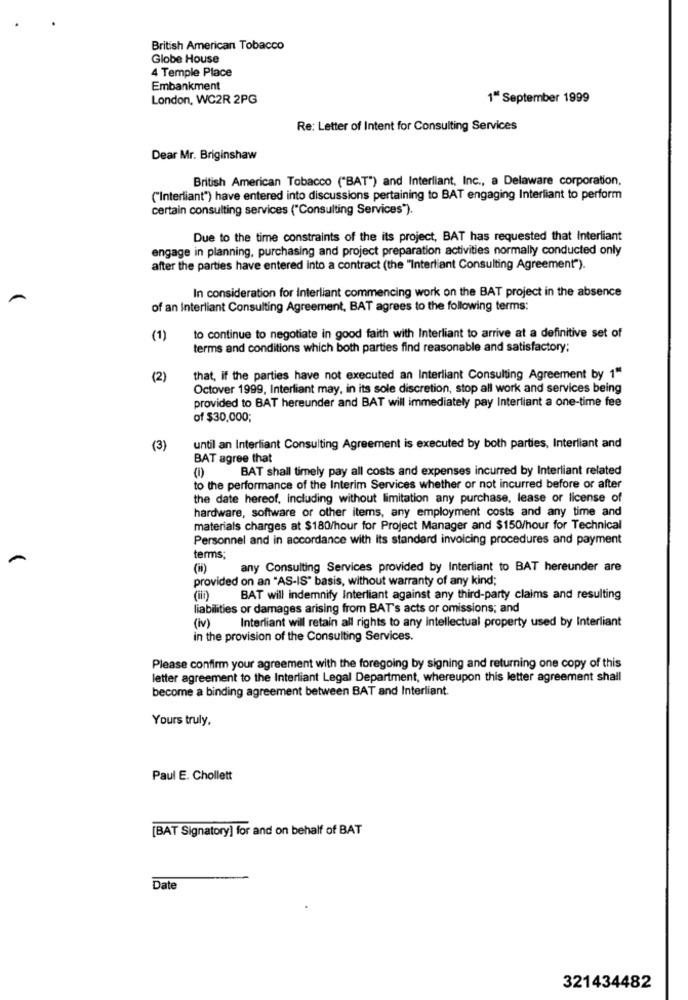
British American Tobacco
Globe House
4 Temple Place
Embankment
London, WC2R 2PG
1" September 1999
Re: Letter of Intent for Consulting Services
Dear Mr. Briginshaw
British American Tobacco ("BAT") and Interliant, Inc ., a Delaware corporation.
("Interliant") have entered into discussions pertaining to BAT engaging Interliant to perform
certain consulting services ("Consulting Services").
Due to the time constraints of the its project, BAT has requested that Interliant
engage in planning, purchasing and project preparation activities normally conducted only
after the parties have entered into a contract (the "Interliant Consulting Agreement").
In consideration for Interliant commencing work on the BAT project in the absence
of an Interliant Consulting Agreement, BAT agrees to the following terms:
(1)
to continue to negotiate in good faith with Interliant to arrive at a definitive set of
terms and conditions which both parties find reasonable and satisfactory;
(2)
that, if the parties have not executed an Interliant Consulting Agreement by 1"
Octover 1999, Interliant may, in its sole discretion, stop all work and services being
provided to BAT hereunder and BAT will immediately pay Interliant a one-time fee
of $30,000;
(3)
until an Interliant Consulting Agreement is executed by both parties, Interliant and
BAT agree that
(1)
BAT shall timely pay all costs and expenses incurred by Interliant related
to the performance of the Interim Services whether or not incurred before or after
the date hereof, including without limitation any purchase, lease or license of
hardware, software or other items, any employment costs and any time and
materials charges at $180/hour for Project Manager and $150/hour for Technical
Personnel and in accordance with Its standard invoicing procedures and payment
terms;
any Consulting Services provided by Interliant to BAT hereunder are
provided on an "AS-IS" basis, without warranty of any kind;
(iii)
BAT will indemnify Interliant against any third-party claims and resulting
liabilities or damages arising from BAT's acts or omissions; and
Interliant will retain all rights to any intellectual property used by Interliant
(iv)
in the provision of the Consulting Services.
Please confirm your agreement with the foregoing by signing and returning one copy of this
letter agreement to the Interliant Legal Department, whereupon this letter agreement shall
become a binding agreement between BAT and Interliant.
Yours truly,
Paul E. Chollett
[BAT Signatory] for and on behalf of BAT
Date
321434482